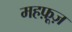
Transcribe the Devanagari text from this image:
महफ़ूज़